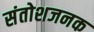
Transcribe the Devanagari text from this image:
संतोशजनक